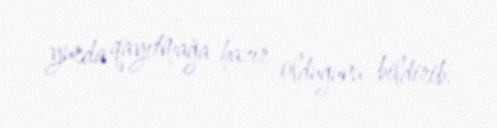
yurda qayıtmağa hazır olduğunu bildirib.